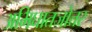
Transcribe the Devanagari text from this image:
अभिघातजोत्तर